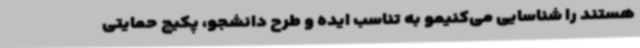
هستند را شناسایی می‌کنیمو به تناسب ایده و طرح دانشجو، پکیج حمایتی